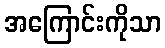
အကြောင်းကိုသာ